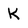
Character: K